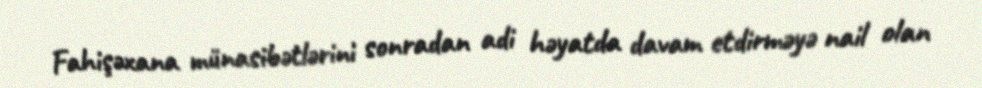
Fahişəxana münasibətlərini sonradan adi həyatda davam etdirməyə nail olan